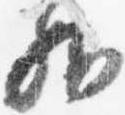
外